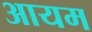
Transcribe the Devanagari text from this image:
आयम